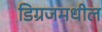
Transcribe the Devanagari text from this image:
डिग्रजमधील